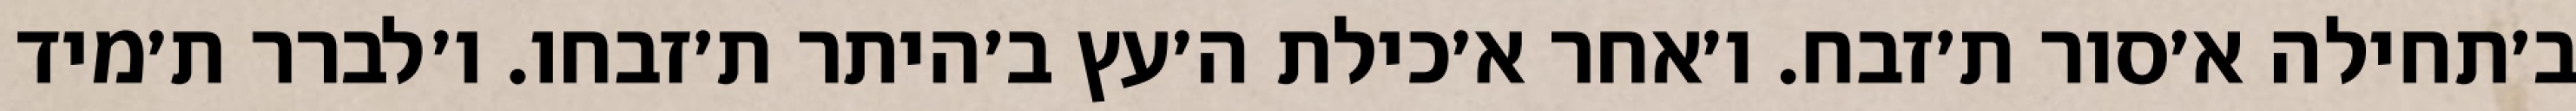
ב׳תחילה א׳סור ת׳זבח. ו׳אחר א׳כילת ה׳עץ ב׳היתר ת׳זבחו. ו׳לברר ת׳מיד